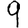
Digit: 9